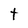
Character: t